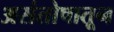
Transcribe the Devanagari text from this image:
असंतोषातून